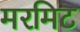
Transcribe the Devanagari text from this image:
मरमिट